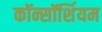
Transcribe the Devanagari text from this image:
कॉन्सॉर्शियम